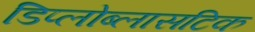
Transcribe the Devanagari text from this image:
डिप्लोब्लासटिक